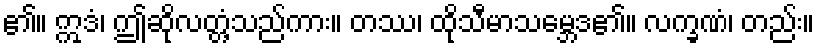
၏။ ဣဒံ၊ ဤဆိုလတ္တံ့သည်ကား။ တဿ၊ ထိုသီမာသမ္ဘေဒ၏။ လက္ခဏံ၊ တည်း။